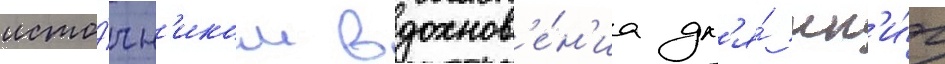
исто́чн'иком вдохнов'е́н'иа дл'я́ кн'и́г